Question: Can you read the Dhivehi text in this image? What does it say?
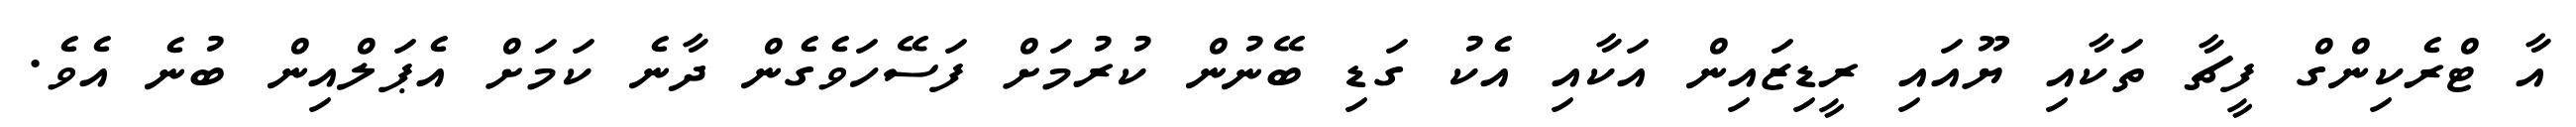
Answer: އާ ޓްރެކިންގް ފީޗާ ތަކާއި ޔޫއައި ރީޑިޒައިން އަކާއި އެކު ގަޑި ބޭނުން ކުރުމަށް ފަސޭހަވެގެން ދާނެ ކަމަށް އެޕަލްއިން ބުނެ އެވެ.